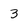
Character: 3